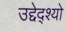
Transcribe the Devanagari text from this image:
उद्देद्श्यो